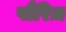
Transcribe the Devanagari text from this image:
पौरिज़